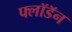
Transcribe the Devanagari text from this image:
फ्लॉडॅन